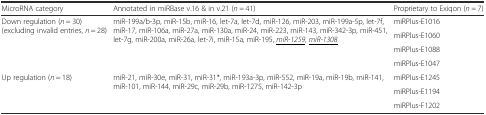
| MicroRNA category | Annotated in miRBase v.16 & in v.21 (n = 41) | Proprietary to Exiqon (n = 7) |
 | --- | --- | --- |
 | <ROWSPAN=4> Down regulation (n = 30) (excluding invalid entries, n = 28) | <ROWSPAN=4> miR-199a/b-3p, miR-15b, miR-16, let-7a, let-7d, miR-126, miR-203, miR-199a-5p, let-7f, miR-17, miR-106a, miR-27a, miR-130a, miR-24, miR-223, miR-143, miR-342-3p, miR-451, let-7g, miR-200a, miR-26a, let-7i, miR-15a, miR-195, <underline>miR-1259</underline>, <underline>miR-1308</underline> | miRPlus-E1016 |
 | miRPlus-E1060 |
 | miRPlus-E1088 |
 | miRPlus-E1047 |
 | <ROWSPAN=3> Up regulation (n = 18) | <ROWSPAN=3> miR-21, miR-30e, miR-31, miR-31*, miR-193a-3p, miR-552, miR-19a, miR-19b, miR-141, miR-101, miR-144, miR-29c, miR-29b, miR-1275, miR-142-3p | miRPlus-E1245 |
 | miRPlus-E1194 |
 | miRPlus-F1202 |